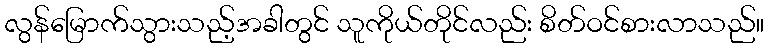
လွန်မြောက်သွားသည့်အခါတွင် သူကိုယ်တိုင်လည်း စိတ်ဝင်စားလာသည်။